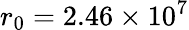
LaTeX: r_{0}=2.46\times 10^{7}